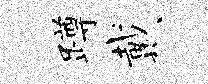
蹲戴